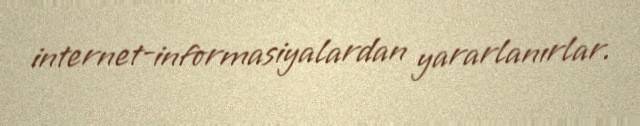
internet-informasiyalardan yararlanırlar.